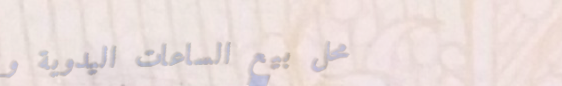
محل بيع الساعات اليدوية و